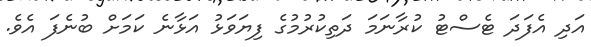
އަދި އެފަދަ ޓެސްޓު ކުރާނަމަ ދަތިކުރުމުގެ ފިޔަވަޅު އަޅާނެ ކަމަށް ބުނެފަ އެވެ.